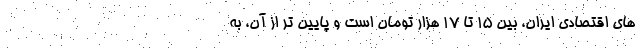
های اقتصادی ایران، بین 15 تا 17 هزار تومان است و پایین تر از آن، به